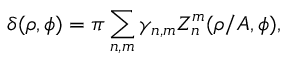
\delta ( \rho , \phi ) = \pi \sum _ { n , m } \gamma _ { n , m } Z _ { n } ^ { m } ( \rho / A , \phi ) ,